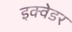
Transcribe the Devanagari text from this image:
इक्वेडर